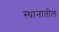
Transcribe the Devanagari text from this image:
स्थानातील